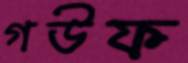
গউফ